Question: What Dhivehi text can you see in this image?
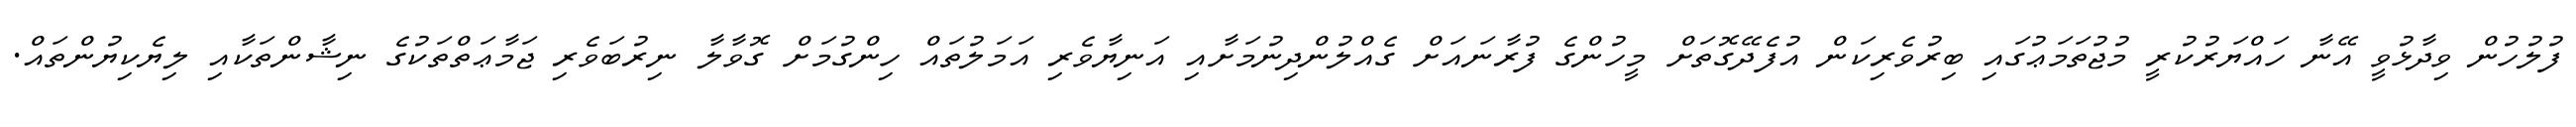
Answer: ފުލުހުން ވިދާޅުވީ އޭނާ ހައްޔަރުކުރީ މުޖުތަމަޢުގައި ބިރުވެރިކަން އުފެދޭގޮތަށް މީހުންގެ ފުރާނައަށް ގެއްލުންދިނުމަށާއި އަނިޔާވެރި އަމަލުތައް ހިންގުމަށް ގޮވާލާ ނިރުބަވެރި ޖަމާޢަތްތަކުގެ ނިޝާންތަކާއި ލިޔެކިޔުންތައް.